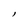
Character: l